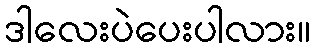
ဒါလေးပဲပေးပါလား။